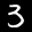
Label: 3